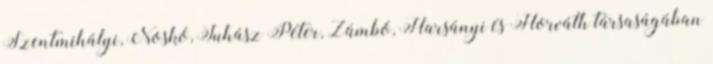
Szentmihályi, Noskó, Juhász Péter, Zámbó, Harsányi és Horváth társaságában